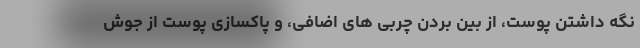
نگه داشتن پوست، از بین بردن چربی های اضافی، و پاکسازی پوست از جوش